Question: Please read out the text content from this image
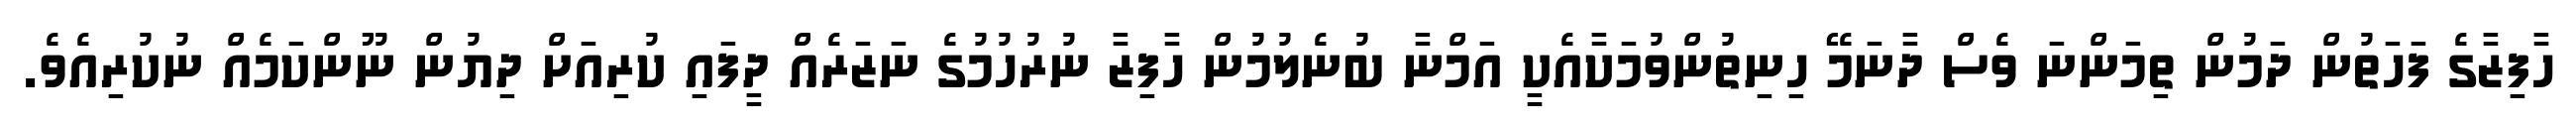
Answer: ހާފިޒާގެ ފަހަތުން ދަމުން ތިމަންނަ ވެސް ދާނަމޭ ހިނިތުންވުމަކާއެކީ އަމްނާ ބުނެލުމުން ހާފިޒާ ނުރުހުމުގެ ނަޒަރެއް ދީފައި ކުރިއަށް ދިޔުން ނޫންކަމެއް ނުކުރިއެވެ.